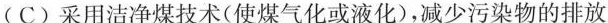
(C)采用洁净煤技术(使煤气化或液化)，减少污染物的排放